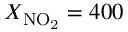
X _ { \mathrm { N O _ { 2 } } } = 4 0 0